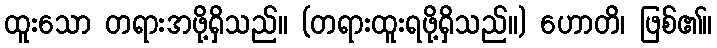
ထူးသော တရားအဖို့ရှိသည်။ (တရားထူးရဖို့ရှိသည်။) ဟောတိ၊ ဖြစ်၏။